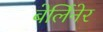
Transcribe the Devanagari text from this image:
बेर्लिनेर